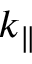
k _ { \parallel }